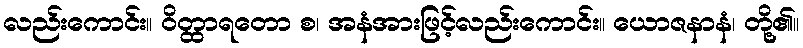
လည်းကောင်း။ ဝိတ္ထာရတော စ၊ အနံအားဖြင့်လည်းကောင်း။ ယောဇနာနံ၊ တို့၏။